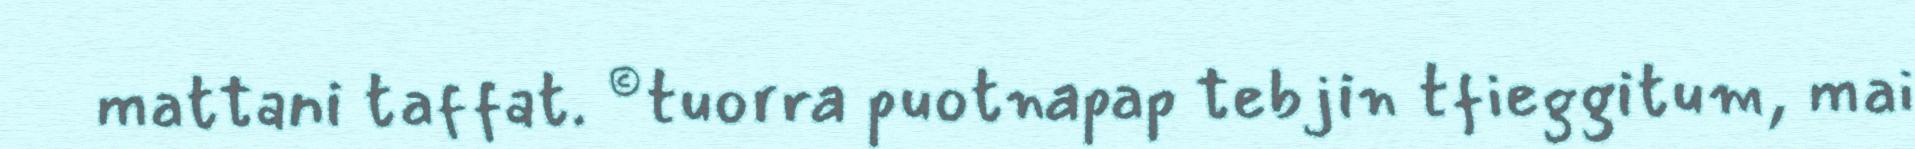
mattani taffat. ©tuorra puotnapap tebjin tfieggitum, mai